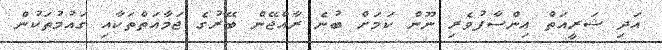
އަދި ޝަރީއަތް އިންސާފުވެރި ނޫން ކަމަށް ބުނެ ރާއްޖޭން ބޭރުގެ ޖަމާއަތްތަކާއި ގައުމުތަކުން